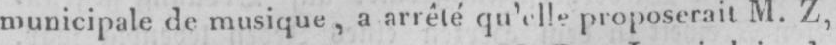
municipale de musique, a arrêté qu’elle proposerait M. Z,